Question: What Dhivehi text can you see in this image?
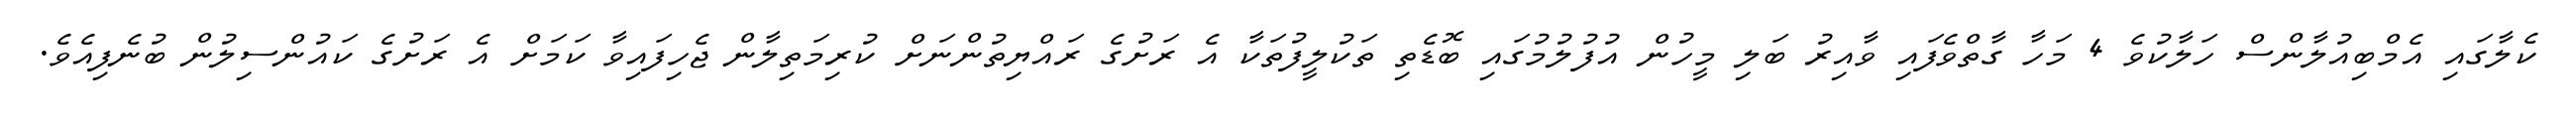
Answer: ކެލާގައި އެމްބިއުލާންސް ހަލާކުވެ 4 މަހާ ގާތްވެފައި ވާއިރު ބަލި މީހުން އުފުލުމުގައި ބޮޑެތި ތަކުލީފުތަކާ އެ ރަށުގެ ރައްޔިތުންނަށް ކުރިމަތިލާން ޖެހިފައިވާ ކަމަށް އެ ރަށުގެ ކައުންސިލުން ބުނެފިއެވެ.